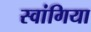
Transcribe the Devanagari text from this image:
स्वांगिया